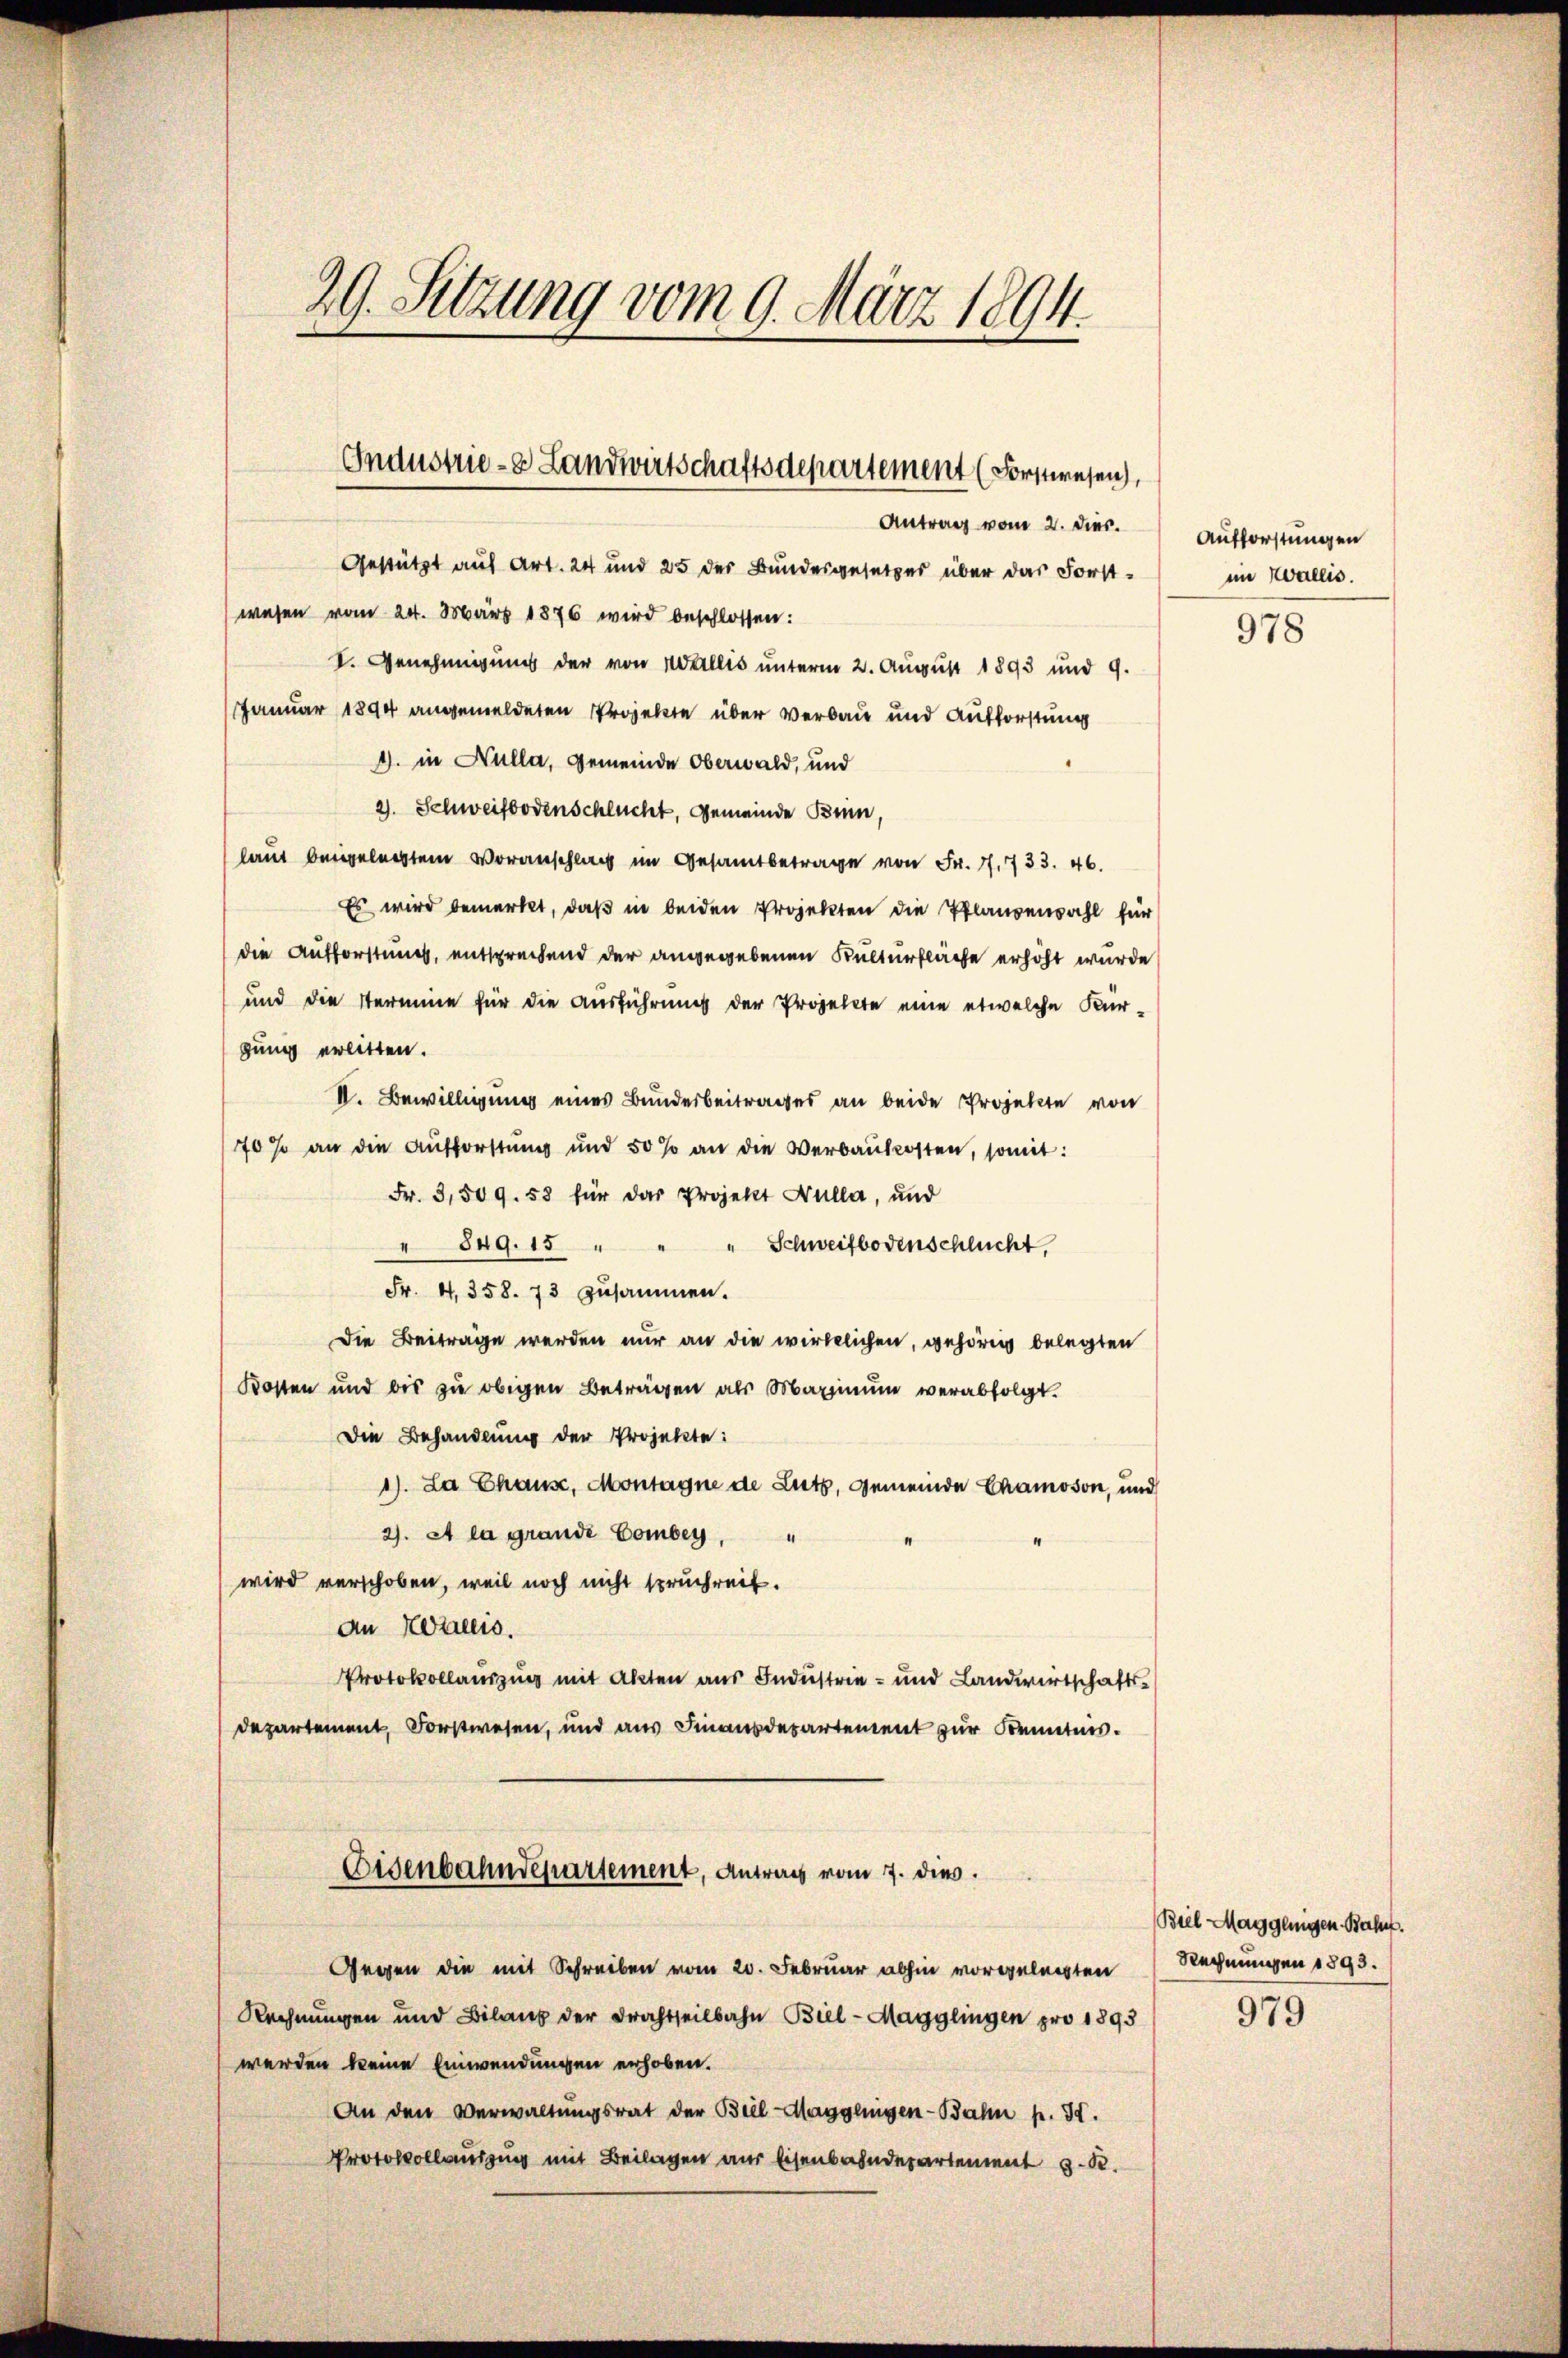
29. Setzung vom 9. März 1894.

Industrie-8 Landwirtschaftsdepartement (Forstwesen,
Antrag vom 2. Dies.

Gestützt auf Art. 24 und 25 der Bundesgesetzes über das Forst-
wesen vom 24. März 1876 wird beschlossen:
I. Genehmigung der von Wallis unterm 2. August 1893 und 9.
Januar 1894 angemeldeten Projekte über Verbau und Aufforstung
1. in Nulla, Gemeinde Oberwald, und
2). Schweifbodenschlucht, Gemeinde Binn,
laut beigelegtem Voranschlag im Gesamtbetrage von Fr. f. 733. 46.
Es wird bemerkt, daß in beiden Projekten die Pflanzenwahl für
die Aufforstung, entsprechend der angegebenen Kulturfläche erhöht wurde
und die Stermine für die Ausführung der Projekte eine etwelche Kurgung erlitten.
II. Bewilligung eines Bundesbeitrages an beide Projekte von
70 % an die Aufforstŭng und 50% an die Verbaukosten, somit:
Fr. 3,509. 58 für das Projekt Nulla, und
549. 15 " " " Schweifbodenschlucht,
Fr. 4, 358. 73 zusammen.
Die Beiträge werden nur an die wirklichen, gehörig belegten
Kosten und bis zŭ obigen Betragen als Maximŭm verabfolgt.
Die Behandlung der Projekte:
1). La Chause, Montagne de Lutz, Gemeinde Chamoson, und
2). A la grande Combey,
wird verschoben, weil noch nicht spruchreit.
An Kreis.
Protokollauszug mit Akten aus Industrie- und Landwirtschaftsdepartement, Forstwesen, und aus Finandesartement zur Kenntnis.
Eisenbahndepartement, Antrag vom 7. dies.
Gegen die mit Schreiben vom 20. Februar abhin vorgelegten Rechnungen 1895.
Rechnungen und Bilanz der Brachtheilbahn Biel-Magglingen pro 1893
werden keine Einwendungen erhoben.
An den Verwaltungsrat der Biel Magglingen-Bahn p. 30.
Protokollausung mit Beilagen aus Eisenbahndepartement z. B.

Aufforstungen
im Wallis.

978

Biel Maggenigen Bahn.

979